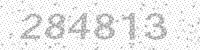
Solution: 284813